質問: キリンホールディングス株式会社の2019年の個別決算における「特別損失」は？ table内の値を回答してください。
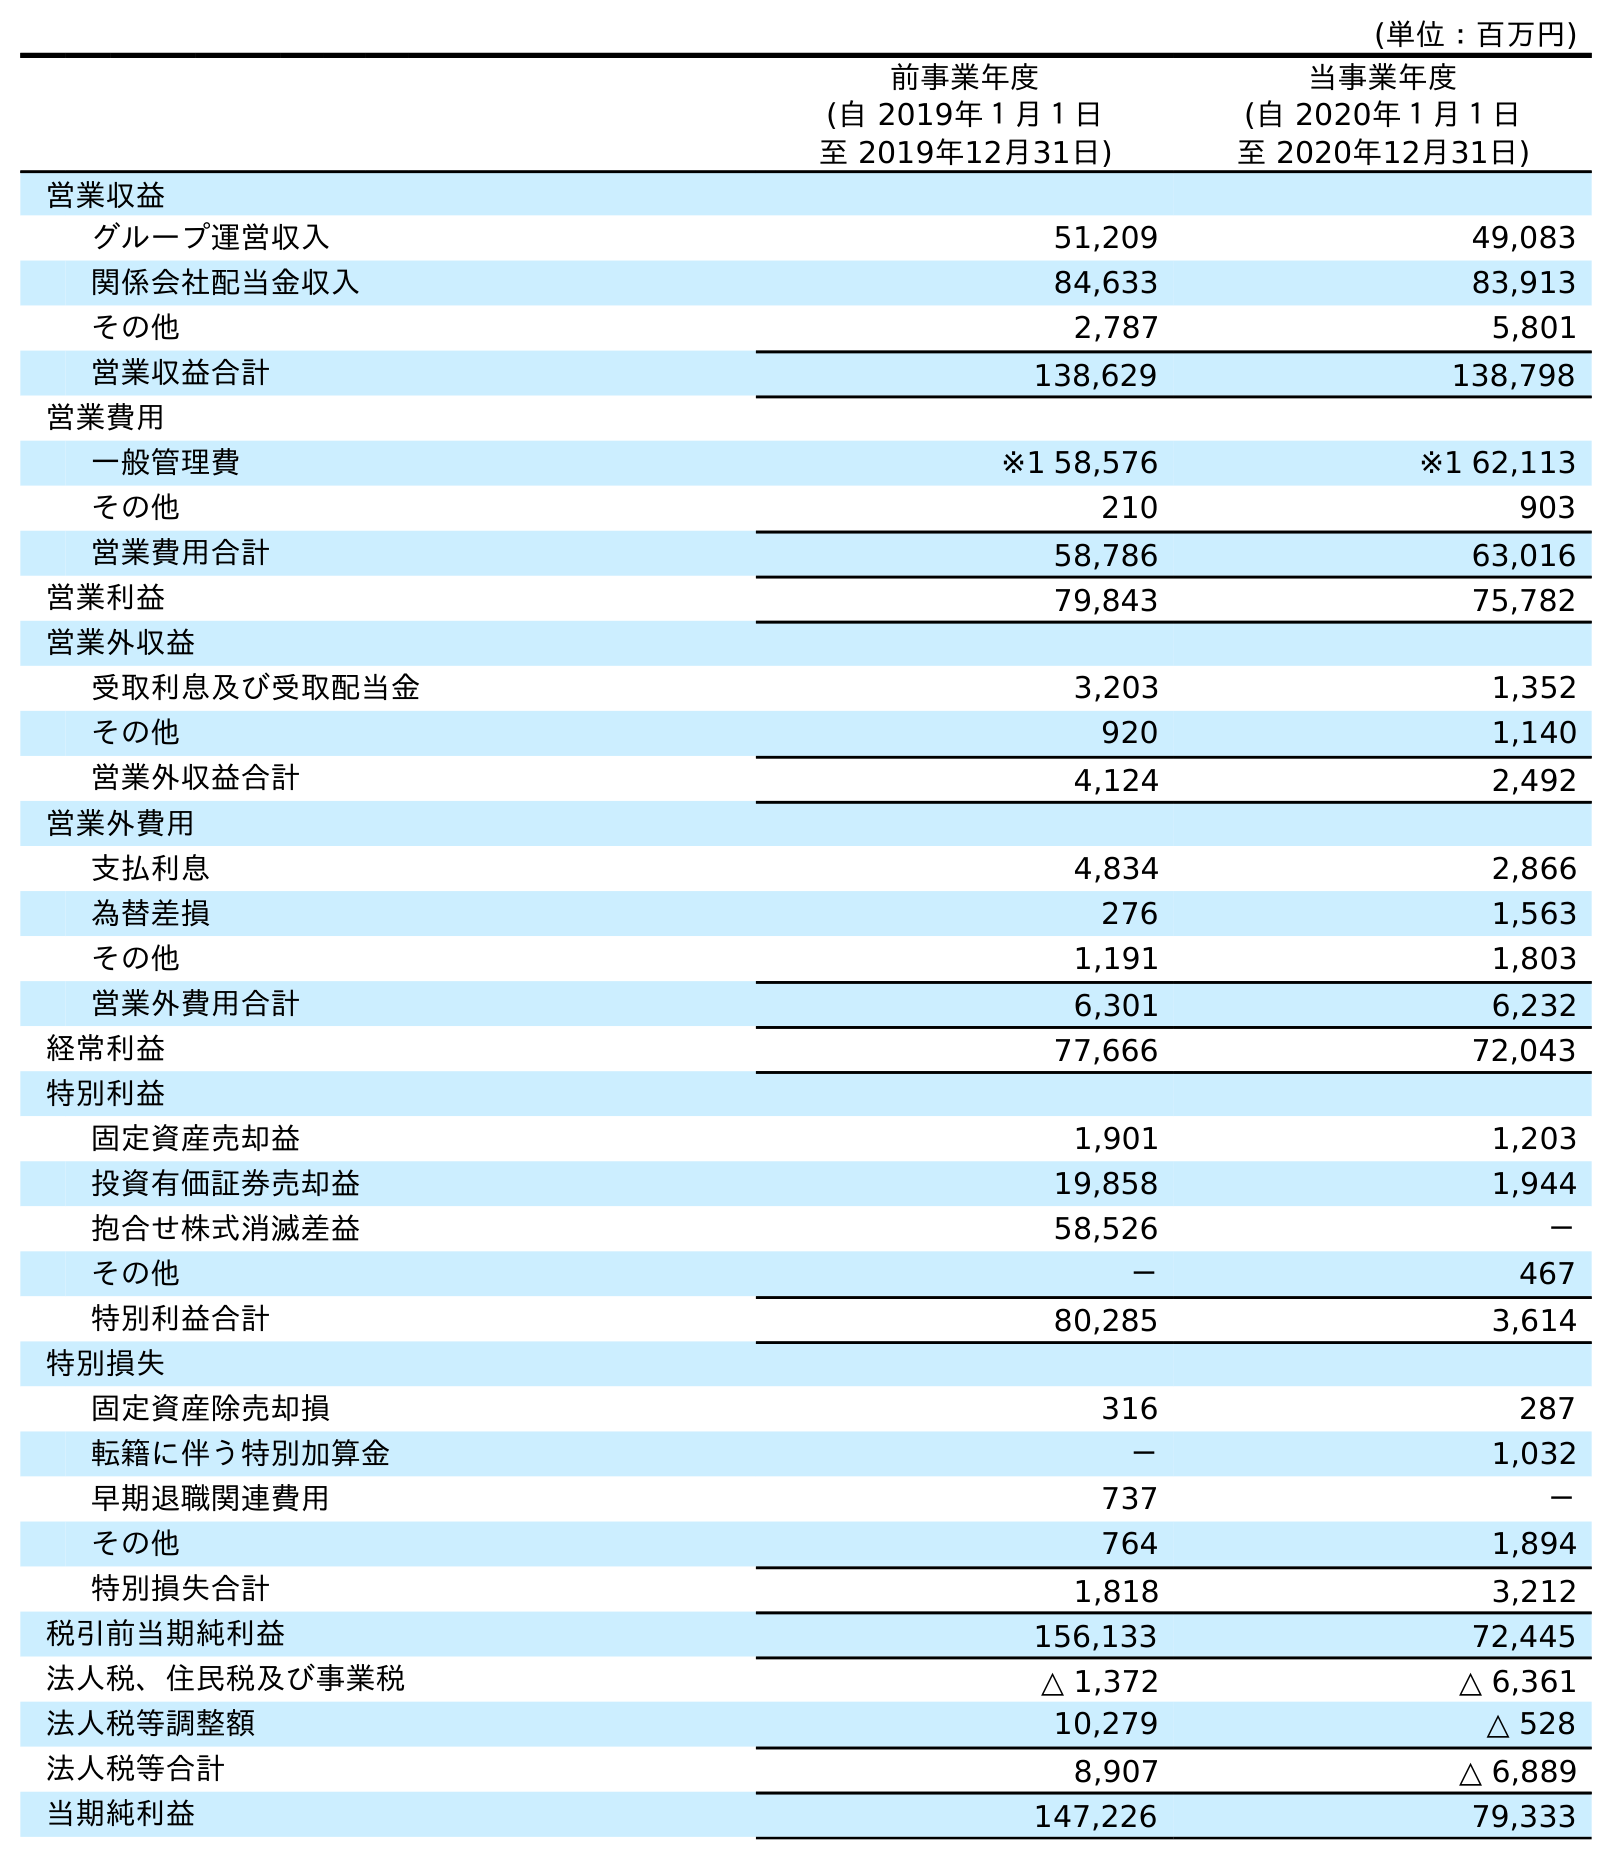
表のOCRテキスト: (単位：百万円) 前事業年度 (自 2019年１月１日 至 2019年12月31日) 当事業年度 (自 2020年１月１日 至 2020年12月31日) 営業収益 グループ運営収入 51,209 49,083 関係会社配当金収入 84,633 83,913 その他 2,787 5,801 営業収益合計 138,629 138,798 営業費用 一般管理費 ※1 58,576 ※1 62,113 その他 210 903 営業費用合計 58,786 63,016 営業利益 79,843 75,782 営業外収益 受取利息及び受取配当金 3,203 1,352 その他 920 1,140 営業外収益合計 4,124 2,492 営業外費用 支払利息 4,834 2,866 為替差損 276 1,563 その他 1,191 1,803 営業外費用合計 6,301 6,232 経常利益 77,666 72,043 特別利益 固定資産売却益 1,901 1,203 投資有価証券売却益 19,858 1,944 抱合せ株式消滅差益 58,526 － その他 － 467 特別利益合計 80,285 3,614 特別損失 固定資産除売却損 316 287 転籍に伴う特別加算金 － 1,032 早期退職関連費用 737 － その他 764 1,894 特別損失合計 1,818 3,212 税引前当期純利益 156,133 72,445 法人税、住民税及び事業税 △ 1,372 △ 6,361 法人税等調整額 10,279 △ 528 法人税等合計 8,907 △ 6,889 当期純利益 147,226 79,333
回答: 1,818